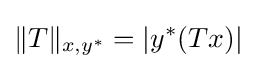
\|T\|_{x,y^{*}}=|y^{*}(Tx)|